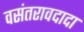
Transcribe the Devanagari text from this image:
वसंतरावदादा